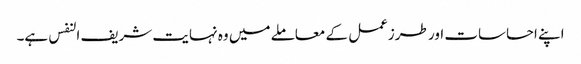
اپنے احساسات اور طرزعمل کے معاملے میں وہ نہایت شریف النفس ہے۔